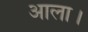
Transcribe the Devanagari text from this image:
आला।